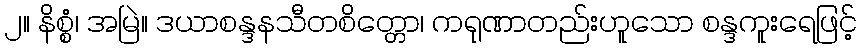
၂။ နိစ္စံ၊ အမြဲ။ ဒယာစန္ဒနသီတစိတ္တော၊ ကရုဏာတည်းဟူသော စန္ဒကူးရေဖြင့်